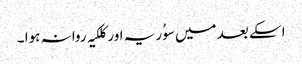
اسکے بعد میں سوُریہ اور کلکیہ روانہ ہوا ۔